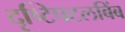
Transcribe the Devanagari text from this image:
दृष्टिपटलबिंब